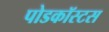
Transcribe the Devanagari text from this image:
पोडकॉस्टस